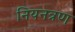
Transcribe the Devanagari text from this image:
नियनत्रण